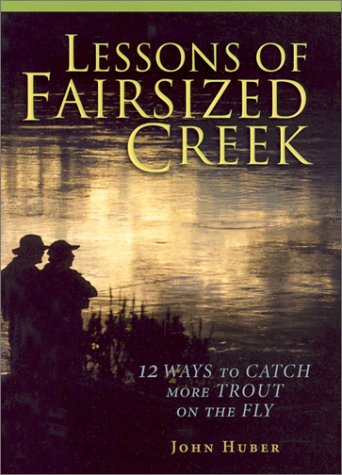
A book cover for Lessons of Fairsized Creek: 12 Ways to Catch More Trout on the Fly (The Pruett Series); John Huber; Literature & Fiction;